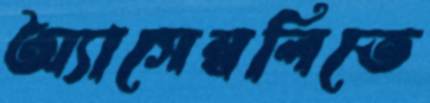
অ্যাসেম্বলিতে